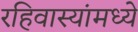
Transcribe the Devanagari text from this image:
रहिवास्यांमध्ये